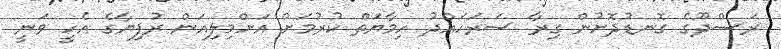
ރަސްދޫގެ ގޮނޑުދޮށުން ގިރާ ސަރަހައްދު ހިމާޔަތް ކުރުމަށް އަށްމިލިއަން ރުފިޔާގެ އެހީ ވަނީ